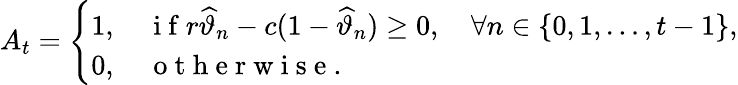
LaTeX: A_{t}=\left\{ \begin{array}{ll}{1,\quad\mathrm{~i~f~}r\widehat{\vartheta}_{n}-c(1-\widehat{\vartheta}_{n})\geq 0,\quad\forall n\in\{ 0,1,\ldots,t-1\} ,}\\ {0,\quad\mathrm{~o~t~h~e~r~w~i~s~e~}.}\end{array}\right.